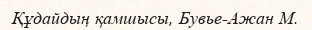
Құдайдың қамшысы, Бувье-Ажан М.